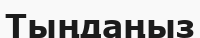
Тыңдаңыз